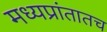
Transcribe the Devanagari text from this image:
मध्यप्रांतातच